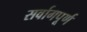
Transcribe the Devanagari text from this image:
सर्वागपूर्ण